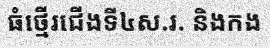
ធំថ្មើរជើងទី៤ស.រ. និងកង